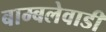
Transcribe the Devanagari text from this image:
बाम्बलेवाडी